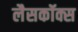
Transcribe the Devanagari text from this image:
लैसकॉक्स